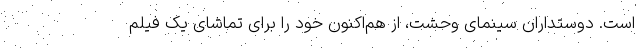
است. دوستداران سینمای وحشت، از هم‌اکنون خود را برای تماشای یک فیلم